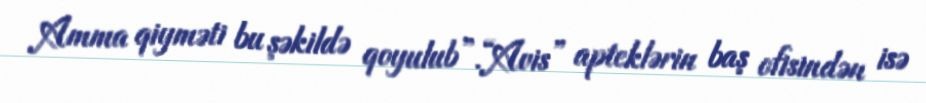
Amma qiyməti bu şəkildə qoyulub”.“Avis” apteklərin baş ofisindən isə